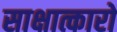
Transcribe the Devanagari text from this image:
साक्षात्कारो